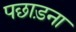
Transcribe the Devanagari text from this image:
पछाड़ना